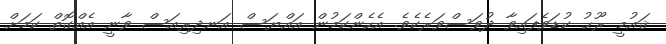
ޤައުމީ ރޫޙު ކުޑަވެފައިވާ ދުވަސްވަރެކެވެ. އެހެންކަމުން އައްޔަސް އަނދިރިއަސް ވާނީ އެއްގޮތް ކަމަށް